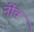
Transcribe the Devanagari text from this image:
नींंव